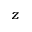
z